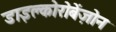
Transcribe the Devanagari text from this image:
डाइक्लोरोबेंज़ोन